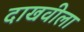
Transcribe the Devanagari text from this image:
दाखवीला